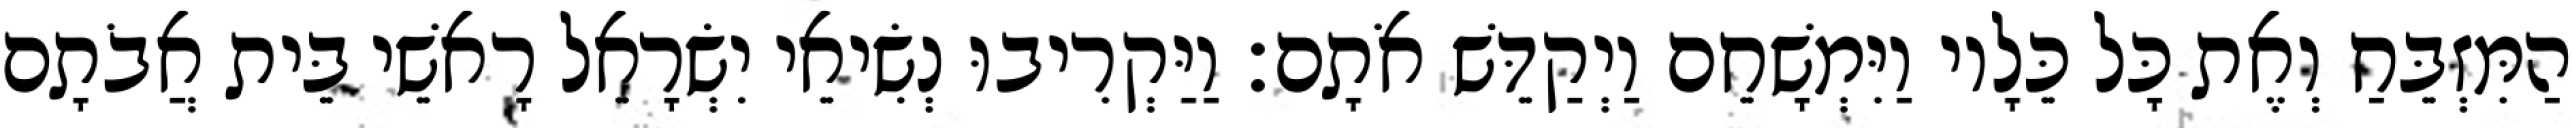
הַמִּזְבֵּחַ וְאֶת כָּל כֵּלָיו וַיִּמְשָׁחֵם וַיְקַדֵּשׁ אֹתָם׃ וַיַּקְרִיבוּ נְשִׂיאֵי יִשְׂרָאֵל רָאשֵׁי בֵּית אֲבֹתָם